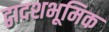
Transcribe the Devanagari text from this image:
द्वादशभूमिक